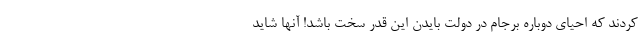
کردند که احیای دوباره برجام در دولت بایدن این قدر سخت باشد! آنها شاید